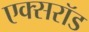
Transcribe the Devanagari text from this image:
एक्सरॉड